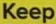
Keep